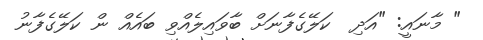
" މާނައީ: "އަދި  ކަލޭގެފާނަށް ބާވައިލެއްވި ބައެއް ން ކަލޭގެފާނު